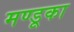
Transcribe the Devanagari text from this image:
मण्डूका